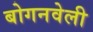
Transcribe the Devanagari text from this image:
बोगनवेली